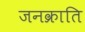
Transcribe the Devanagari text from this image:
जनक्राति